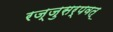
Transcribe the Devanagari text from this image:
रज्जुसर्पवत्